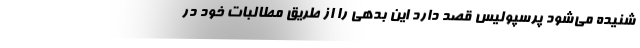
شنیده می‌شود پرسپولیس قصد دارد این بدهی را از طریق مطالبات خود در